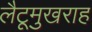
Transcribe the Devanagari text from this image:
लैटूमुखराह